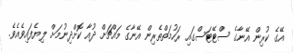
އޭގެ ކުރިން އޭނާގެ ސްޓޭޓަސްގައި ރަހުމަތްތެރިން އޭނާގެ މައްޗަށް ދުއާ ކޮށްދިނުމަށް ލިޔެފައިވެއެވެ.